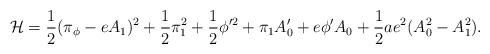
LaTeX: \begin{align*}{\cal H}= {1\over 2}(\pi_\phi - eA_1)^2 +{1\over 2}\pi_1^2 + {1\over 2}\phi '^2 + \pi_1 A'_0 + e\phi 'A_0 +{1\over2} ae^2(A_0^2 - A_1^2).\end{align*}